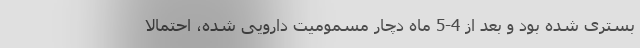
بستری شده بود و بعد از 4-5 ماه دچار مسمومیت دارویی شده، احتمالاً